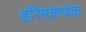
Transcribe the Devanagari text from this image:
हरिमकणक